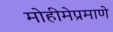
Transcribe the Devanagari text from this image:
मोहीमेप्रमाणे